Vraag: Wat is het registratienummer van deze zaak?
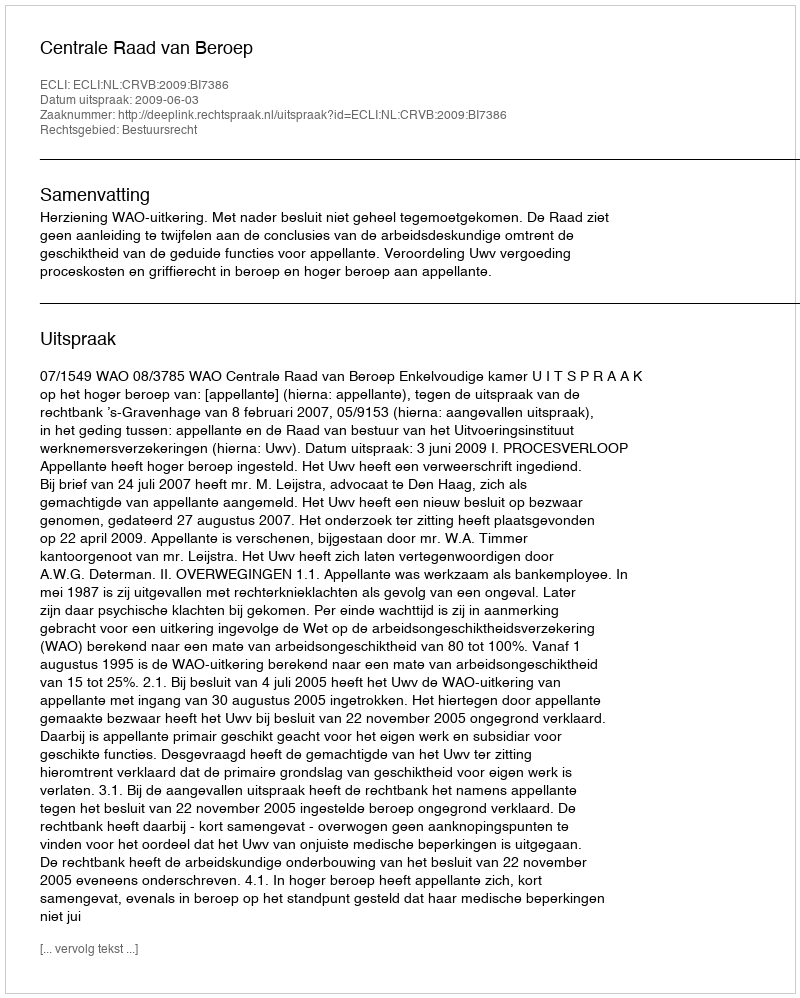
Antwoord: http://deeplink.rechtspraak.nl/uitspraak?id=ECLI:NL:CRVB:2009:BI7386